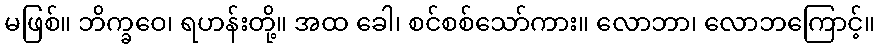
မဖြစ်။ ဘိက္ခဝေ၊ ရဟန်းတို့။ အထ ခေါ၊ စင်စစ်သော်ကား။ လောဘာ၊ လောဘကြောင့်။